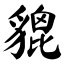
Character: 貔